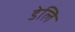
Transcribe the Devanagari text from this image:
डेलि